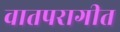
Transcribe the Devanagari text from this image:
वातपरागीत